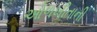
ઓળખીતાની